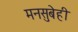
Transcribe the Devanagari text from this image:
मनसुबेही